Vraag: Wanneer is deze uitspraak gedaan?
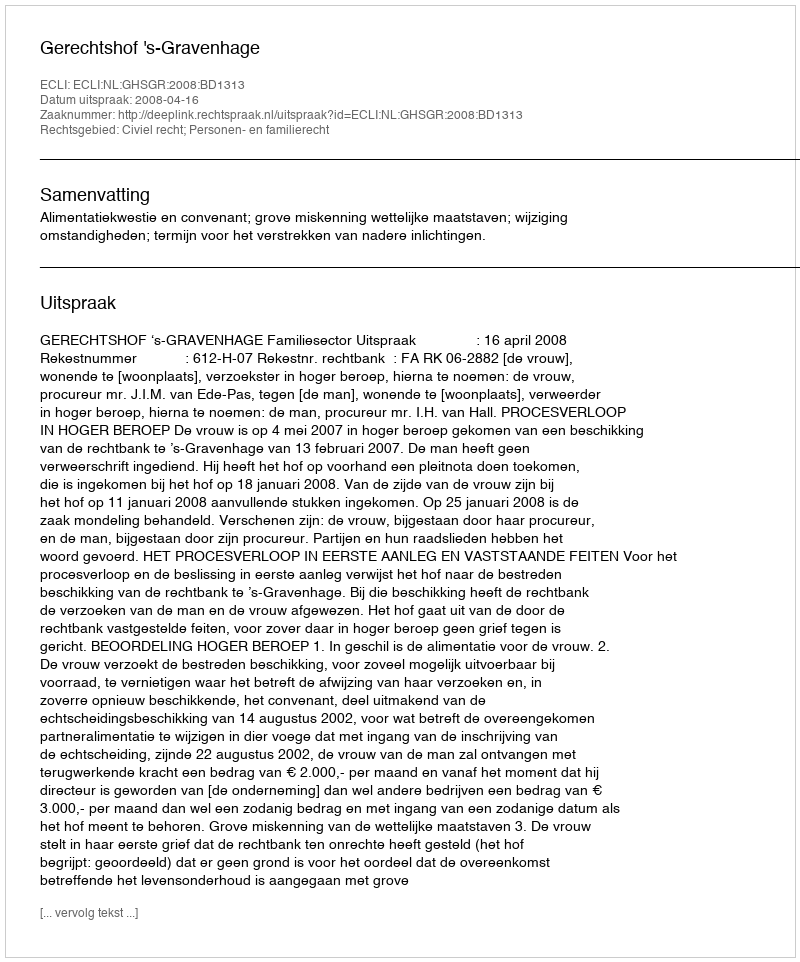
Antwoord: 2008-04-16